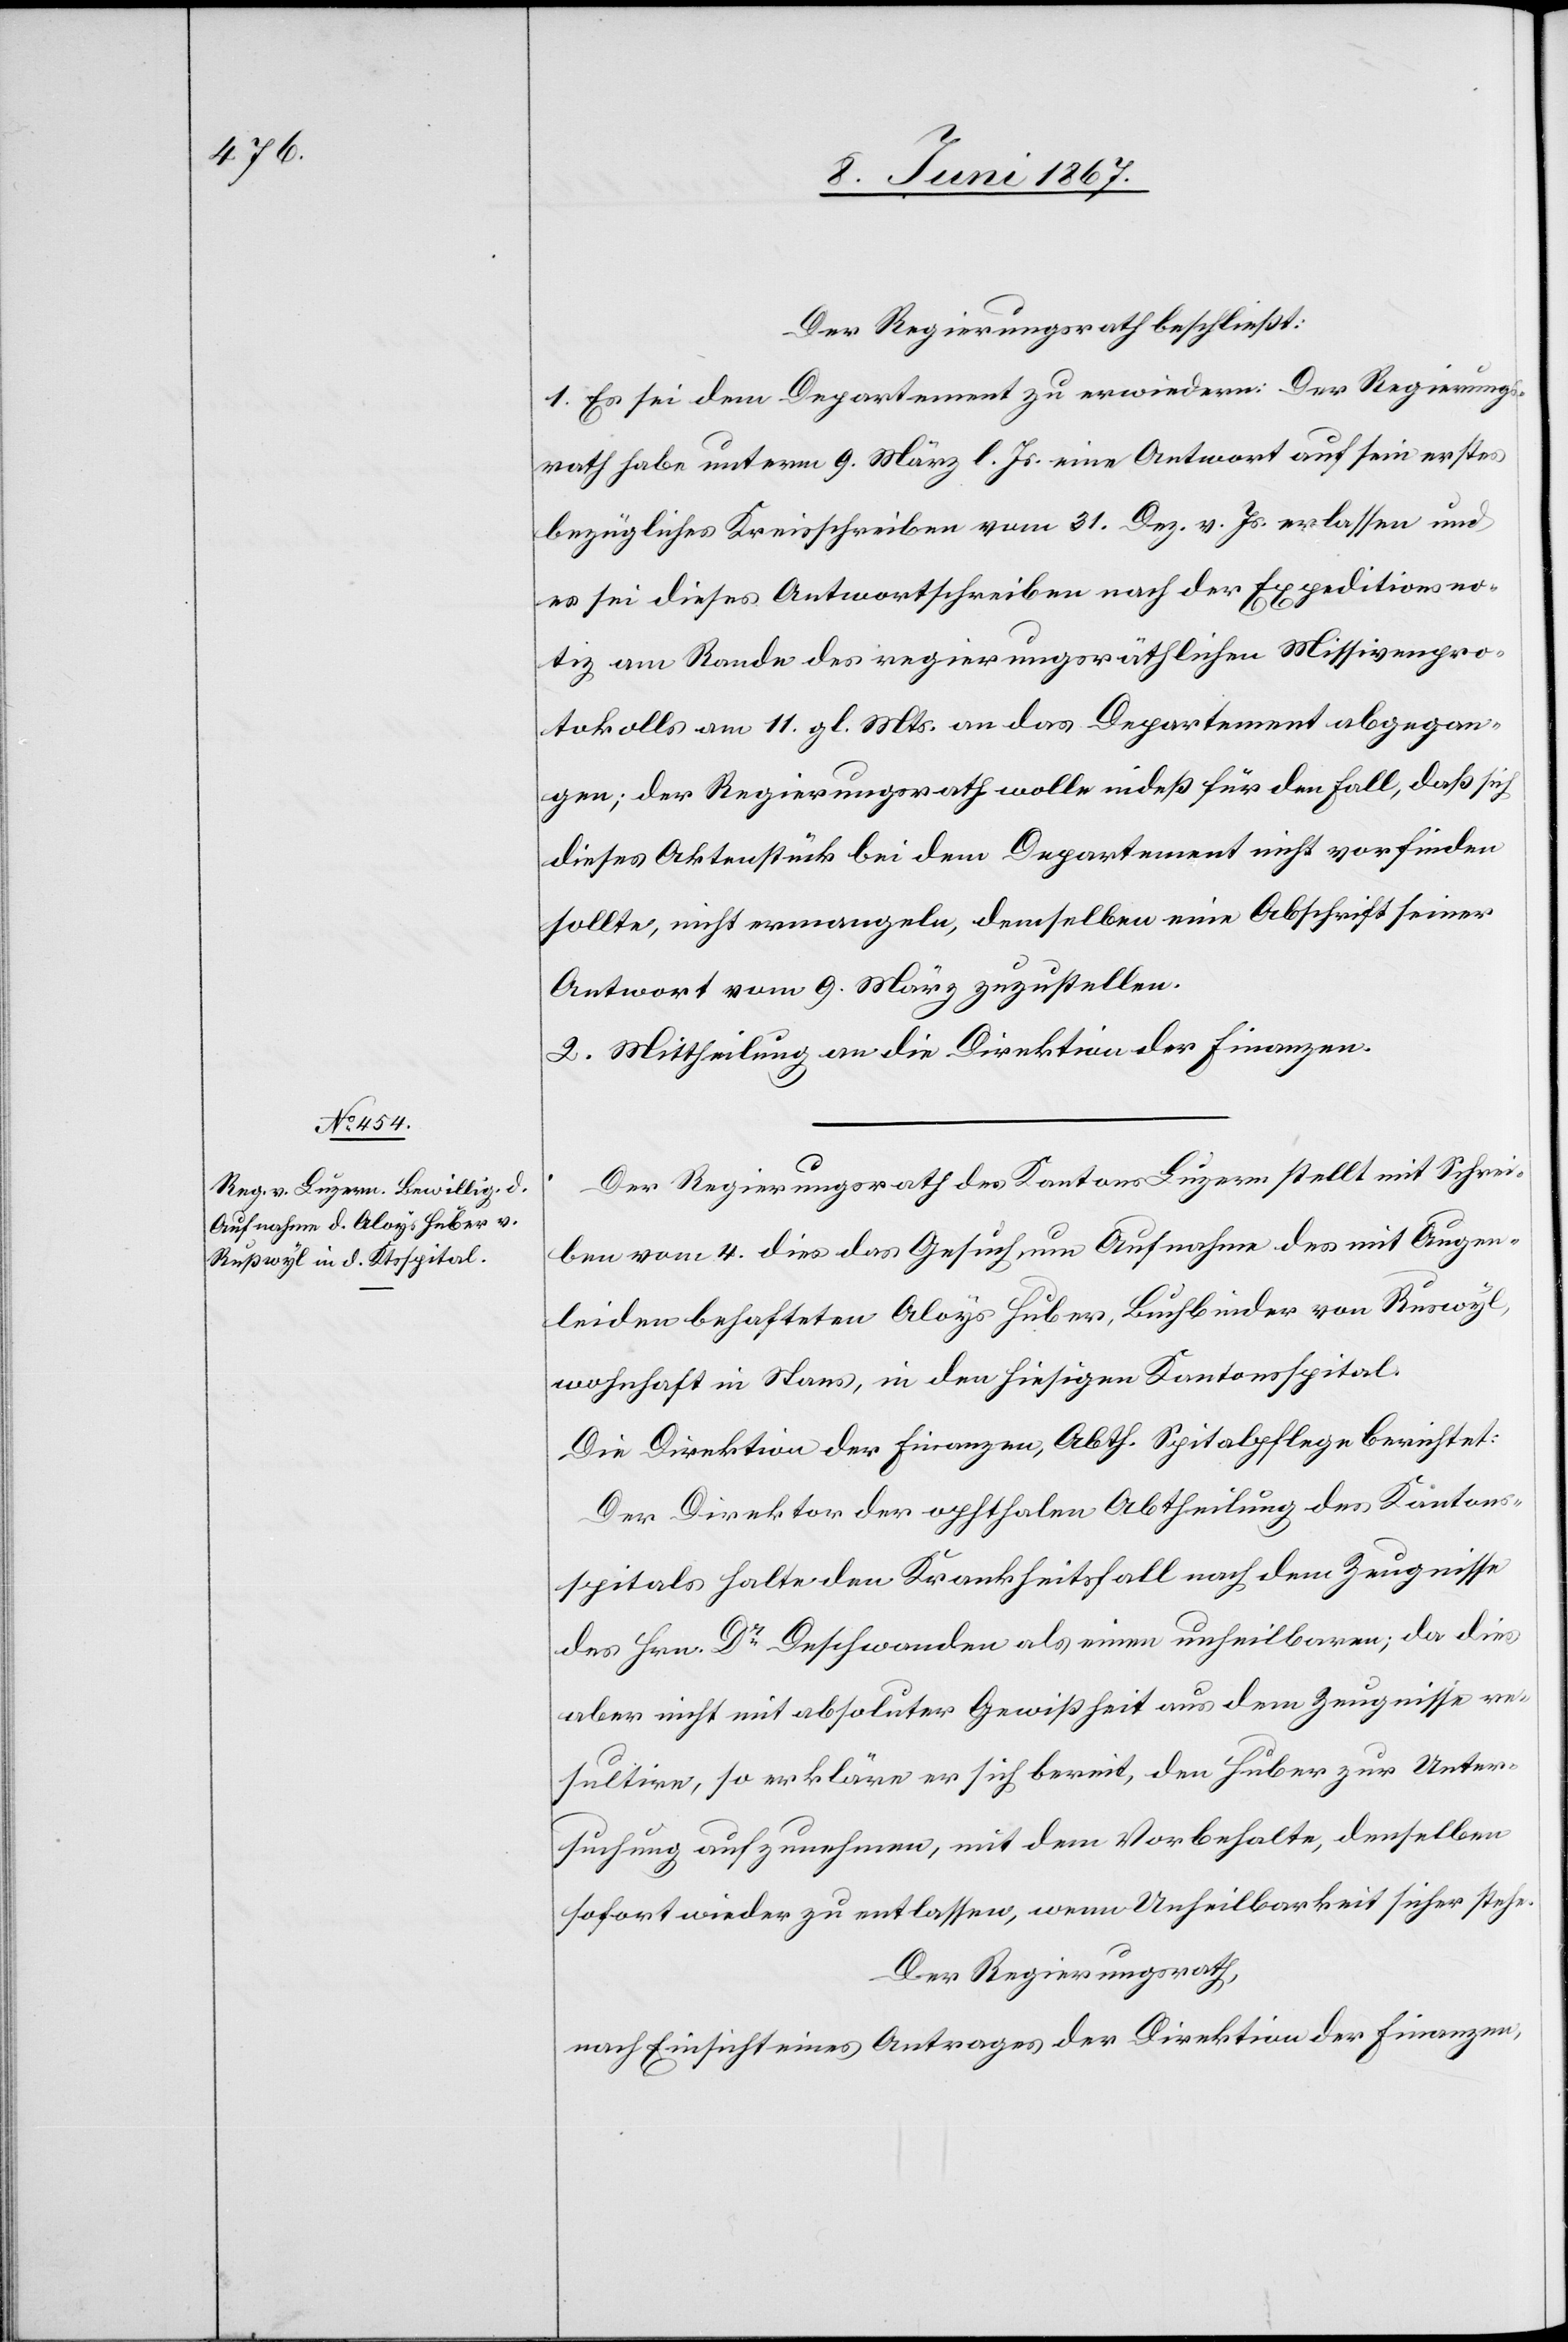
Der Regierungsrath beschließt:
1. Es sei dem Departement zu erwiedern: Der Regierungs¬
rath habe unterm 9. März l. Js. eine Antwort auf sein erstes
bezügliches Kreisschreiben vom 31. Dez. v. Js. erlassen und
es sei dieses Antwortschreiben nach der Expeditionsno¬
tiz am Rande des regierungsräthlichen Missivenpro¬
tokolls am 11. gl. Mts. an das Departement abgege¬
ben; der Regierungsrath wolle indeß für den Fall, daß sich
dieses Aktenstück bei dem Departement nicht vorfinden
sollte, nicht ermangeln, demselben eine Abschrift seiner
Antwort vom 9. März zuzustellen.
2. Mittheilung an die Direktion der Finanzen.
Der Regierungsrath des Kantons Luzern stellt mit Schrei¬
ben vom 4. dies das Gesuch um Aufnahme des mit Augen¬
leiden behafteten Aloys Huber, Buchbinder von Ruswyl,
wohnhaft in Stams, in den hiesigen Kantonsspital.
Die Direktion der Finanzen, Abth. Spitalpflege berichtet:
Der Direktor der ophthalen Abtheilung des Kantons¬
spitals halte den Krankheitsfall nach dem Zeugnisse
des Hrn. Dr. Dachschwanden als einen unheilbaren; da dies
aber nicht mit absoluter Gewißheit aus dem Zeugnisse re¬
sultire, so erkläre er sich bereit, den Huber zur Unter¬
suchung aufzunehmen, mit dem Vorbehalte, denselben
sofort wieder zu entlassen, wenn Unheilbarkeit sicher stehe.
Der Regierungsrath,
nach Einsicht eines Antrages der Direktion der Finanzen,